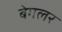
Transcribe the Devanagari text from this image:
बेगलर